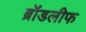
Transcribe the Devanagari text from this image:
ब्रॉडलीफ